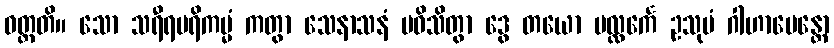
ဝတ္တတိ။ သော သရီရပရိကမ္မံ ကတွာ သေနာသနံ ပဝိသိတွာ ဒွေ တယော ပလ္လင်္ကေ ဥသုမံ ဂါဟာပေန္တော